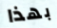
بهذا